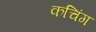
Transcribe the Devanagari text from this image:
कचिंग